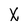
Character: X